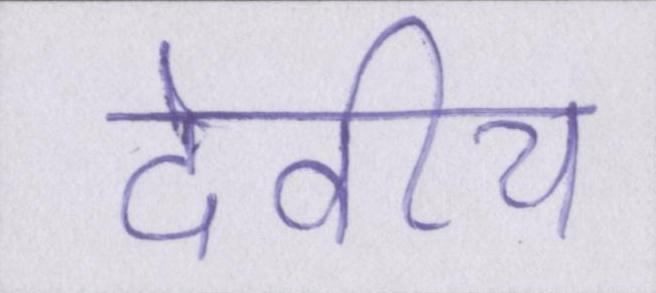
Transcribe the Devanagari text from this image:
देवीय